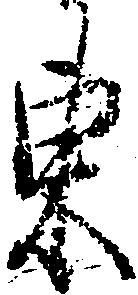
東